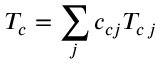
T _ { c } = \sum _ { j } c _ { c j } T _ { c \, j }